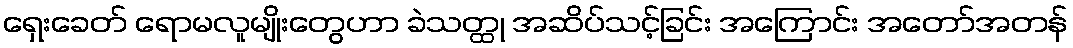
ရှေးခေတ် ရောမလူမျိုးတွေဟာ ခဲသတ္ထု အဆိပ်သင့်ခြင်း အကြောင်း အတော်အတန်